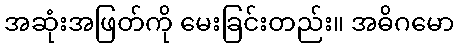
အဆုံးအဖြတ်ကို မေးခြင်းတည်း။ အဓိဂမော